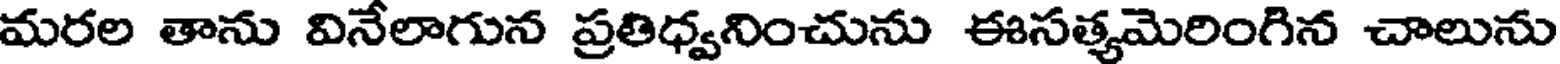
మరల తాను వినేలాగున ప్రతిధ్వనించును ఈసత్యమెరింగిన చాలును